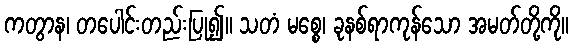
ကတွာန၊ တပေါင်းတည်းပြု၍။ သတံ မစ္စေ၊ ခုနစ်ရာကုန်သော အမတ်တို့ကို။